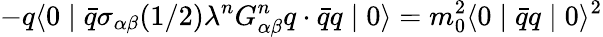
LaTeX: -q\langle 0\mid\bar{q}\sigma_{\alpha\beta}(1/2)\lambda^{n}G_{\alpha\beta}^{n}q\cdot\bar{q}q\mid 0\rangle=m_{0}^{2}\langle 0\mid\bar{q}q\mid 0\rangle^{2}